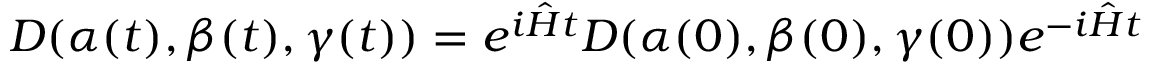
D ( \alpha ( t ) , \beta ( t ) , \gamma ( t ) ) = e ^ { i \hat { H } t } D ( \alpha ( 0 ) , \beta ( 0 ) , \gamma ( 0 ) ) e ^ { - i \hat { H } t }